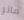
ماتر